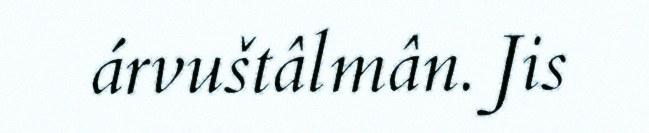
árvuštâlmân. Jis